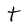
Character: t